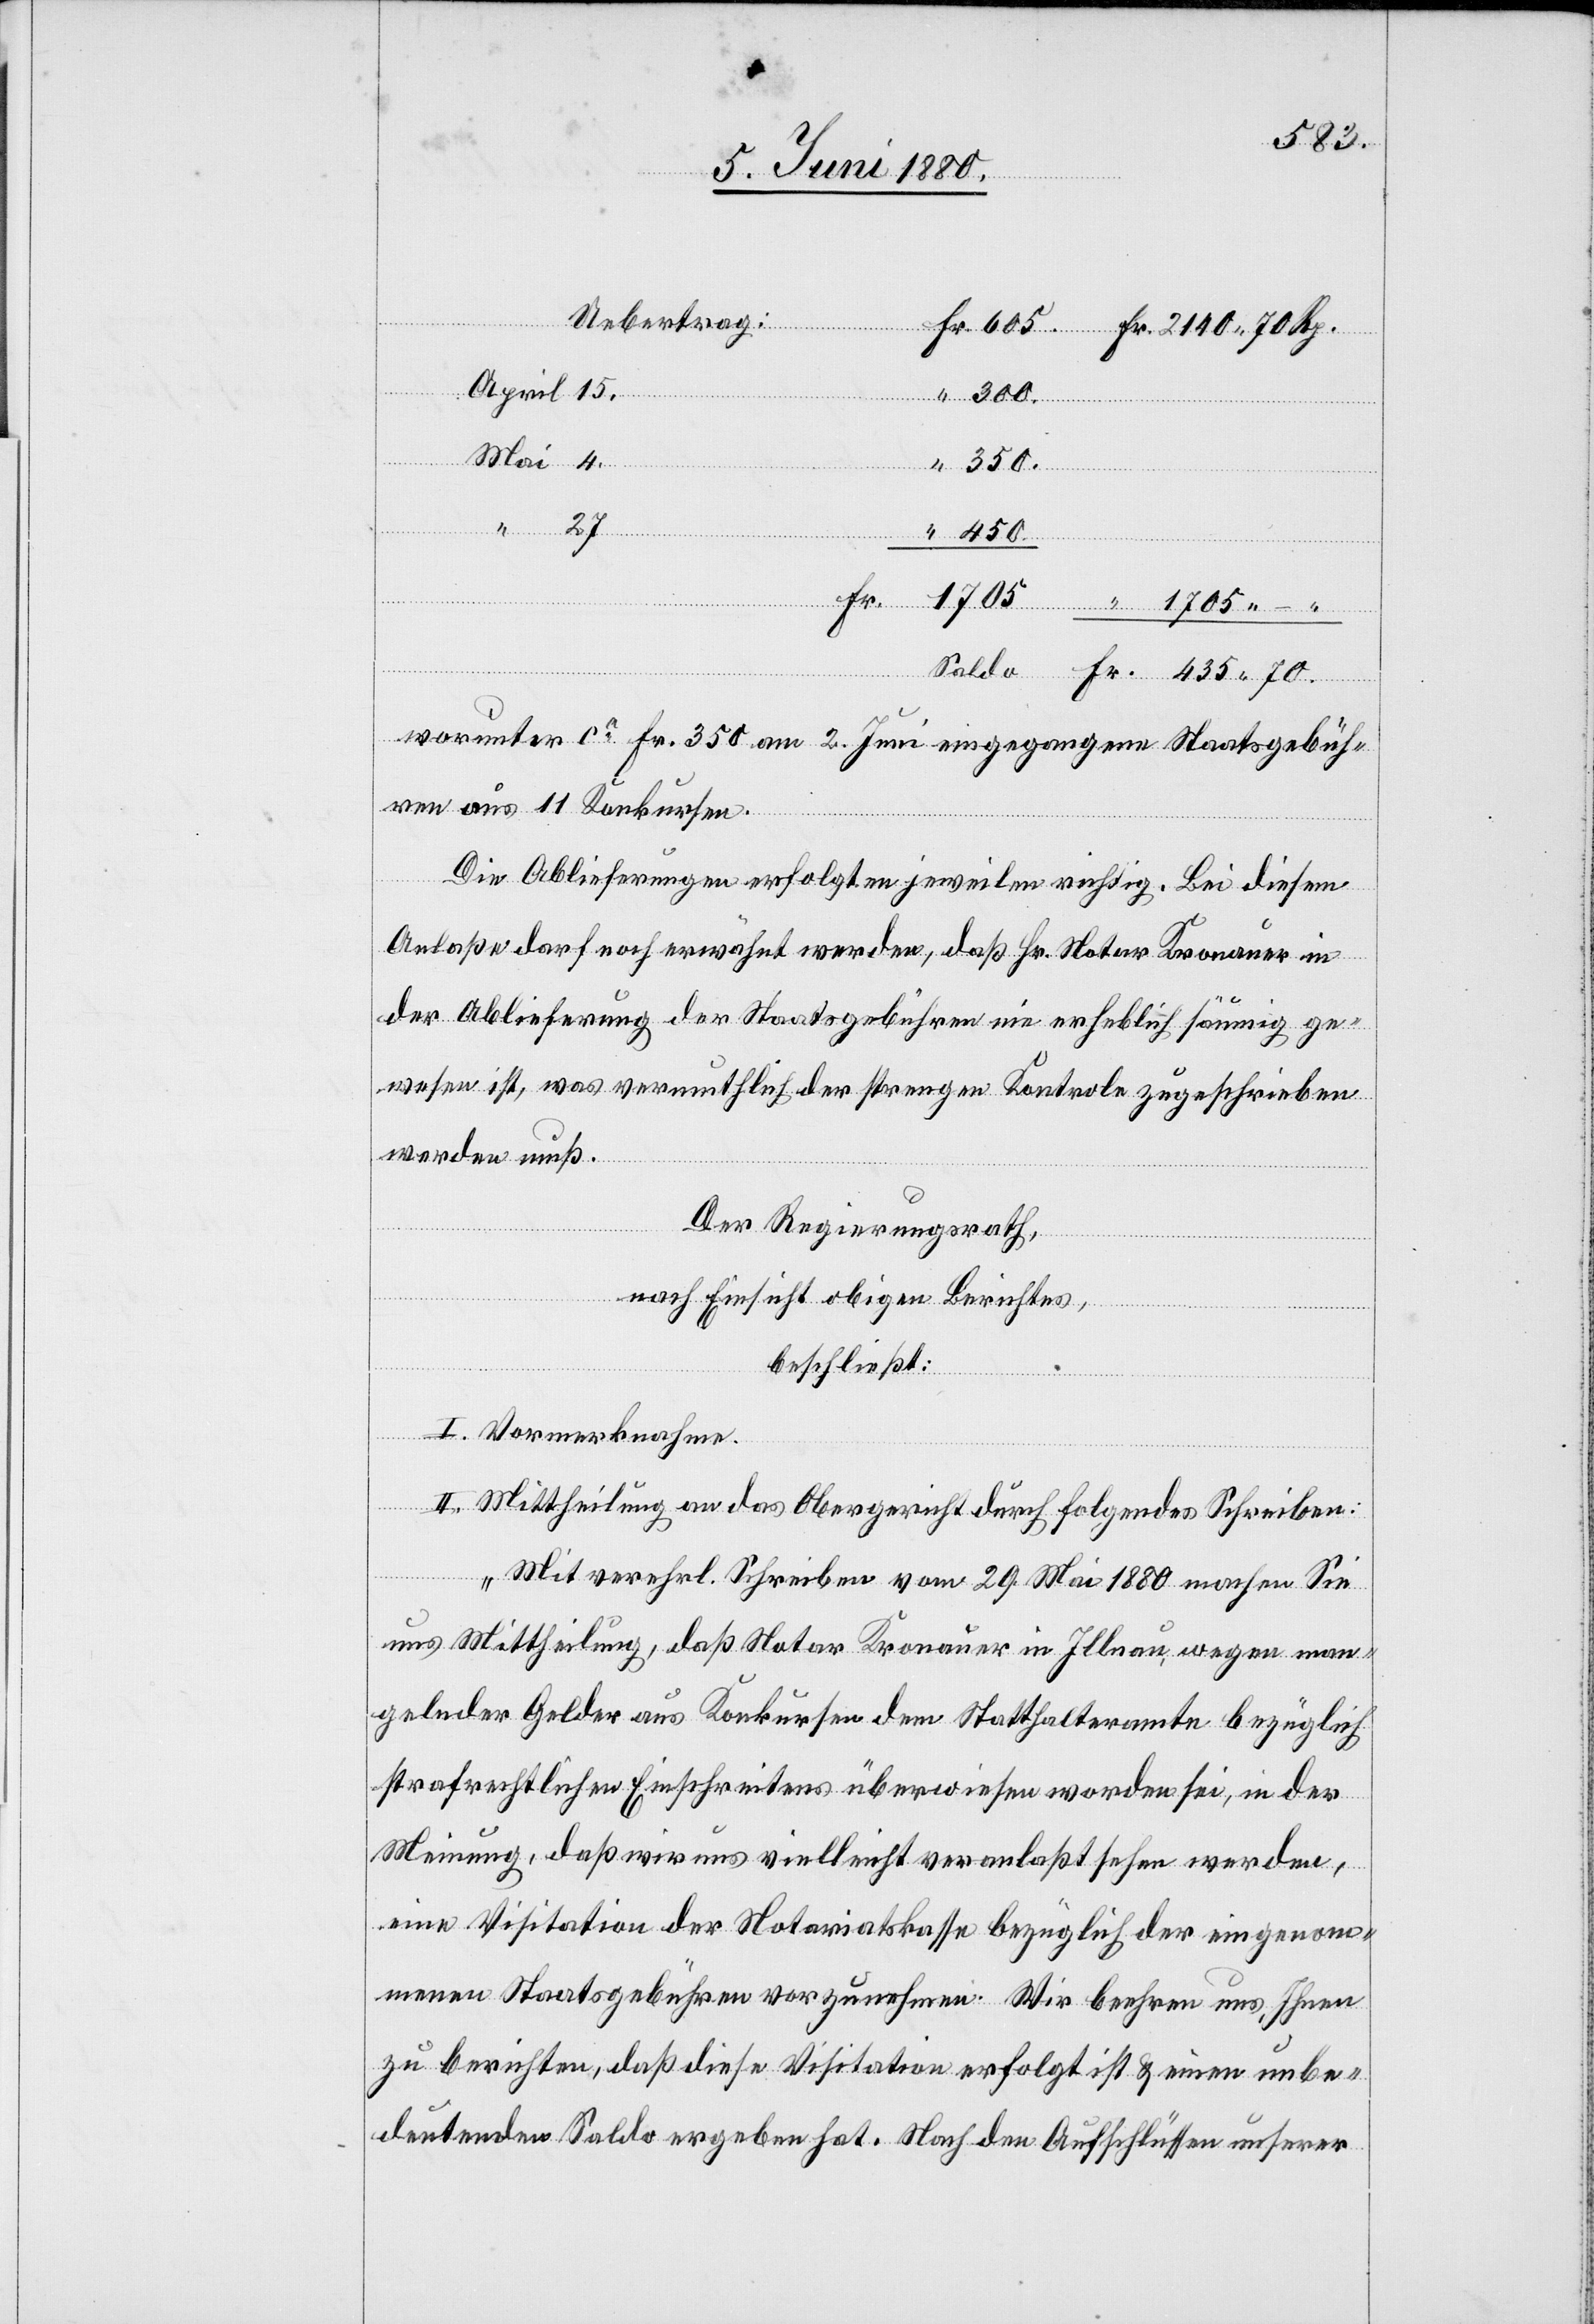
70
.
worunter ca Fr. 350 am 2. Juni eingegangene Staatsgebüh¬
ren aus 11 Konkursen.
Uebertrag:
Die Ablieferungen erfolgten jeweilen richtig. Bei diesem
Anlaße darf noch erwähnt werden, daß Hr. Notar Kronauer in
der Ablieferung der Staatsgebühren nie erheblich säumig ge¬
wesen ist, was vermuthlich der strengen Kontrole zugeschrieben
werden muß.
.
Der Regierungsrath,
nach Einsicht obigen Berichtes,
beschließt:
I. Vormerknahme.
II. Mittheilung an das Obergericht durch folgendes Schreiben:
„Mit verehrl. Schreiben vom 29. Mai 1880 machen Sie
uns Mittheilung, daß Notar Kronauer in Illnau, wegen man¬
gelnder Gelder aus Konkursen dem Statthalteramte bezüglich
strafrechtlichen Einschreitens überwiesen worden sei, in der
Meinung, daß wir uns vielleicht veranlaßt sehen werden,
eine Visitation der Notariatskasse bezüglich der eingenom¬
menen Staatsgebühren vorzunehmen. Wir beehren uns Ihnen
zu berichten, daß diese Visitation erfolgt ist & einen unbe¬
deutenden Saldo ergeben hat. Nach den Aufschlüssen unserer